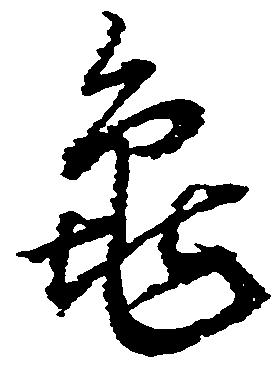
亀